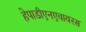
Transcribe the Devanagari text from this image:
हेपाडीएनएवायरस